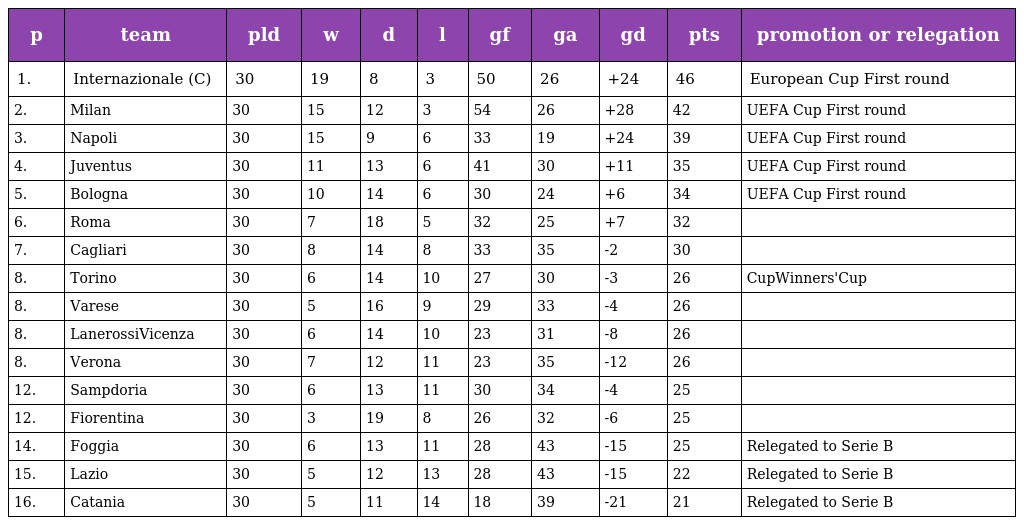
| p | team | pld | w | d | l | gf | ga | gd | pts | promotion or relegation |
 | --- | --- | --- | --- | --- | --- | --- | --- | --- | --- | --- |
 | 1. | Internazionale (C) | 30 | 19 | 8 | 3 | 50 | 26 | +24 | 46 | European Cup First round |
 | 2. | Milan | 30 | 15 | 12 | 3 | 54 | 26 | +28 | 42 | UEFA Cup First round |
 | 3. | Napoli | 30 | 15 | 9 | 6 | 33 | 19 | +24 | 39 | UEFA Cup First round |
 | 4. | Juventus | 30 | 11 | 13 | 6 | 41 | 30 | +11 | 35 | UEFA Cup First round |
 | 5. | Bologna | 30 | 10 | 14 | 6 | 30 | 24 | +6 | 34 | UEFA Cup First round |
 | 6. | Roma | 30 | 7 | 18 | 5 | 32 | 25 | +7 | 32 |  |
 | 7. | Cagliari | 30 | 8 | 14 | 8 | 33 | 35 | -2 | 30 |  |
 | 8. | Torino | 30 | 6 | 14 | 10 | 27 | 30 | -3 | 26 | CupWinners'Cup |
 | 8. | Varese | 30 | 5 | 16 | 9 | 29 | 33 | -4 | 26 |  |
 | 8. | LanerossiVicenza | 30 | 6 | 14 | 10 | 23 | 31 | -8 | 26 |  |
 | 8. | Verona | 30 | 7 | 12 | 11 | 23 | 35 | -12 | 26 |  |
 | 12. | Sampdoria | 30 | 6 | 13 | 11 | 30 | 34 | -4 | 25 |  |
 | 12. | Fiorentina | 30 | 3 | 19 | 8 | 26 | 32 | -6 | 25 |  |
 | 14. | Foggia | 30 | 6 | 13 | 11 | 28 | 43 | -15 | 25 | Relegated to Serie B |
 | 15. | Lazio | 30 | 5 | 12 | 13 | 28 | 43 | -15 | 22 | Relegated to Serie B |
 | 16. | Catania | 30 | 5 | 11 | 14 | 18 | 39 | -21 | 21 | Relegated to Serie B |